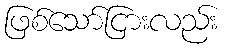
ဖြစ်သော်ငြားလည်း